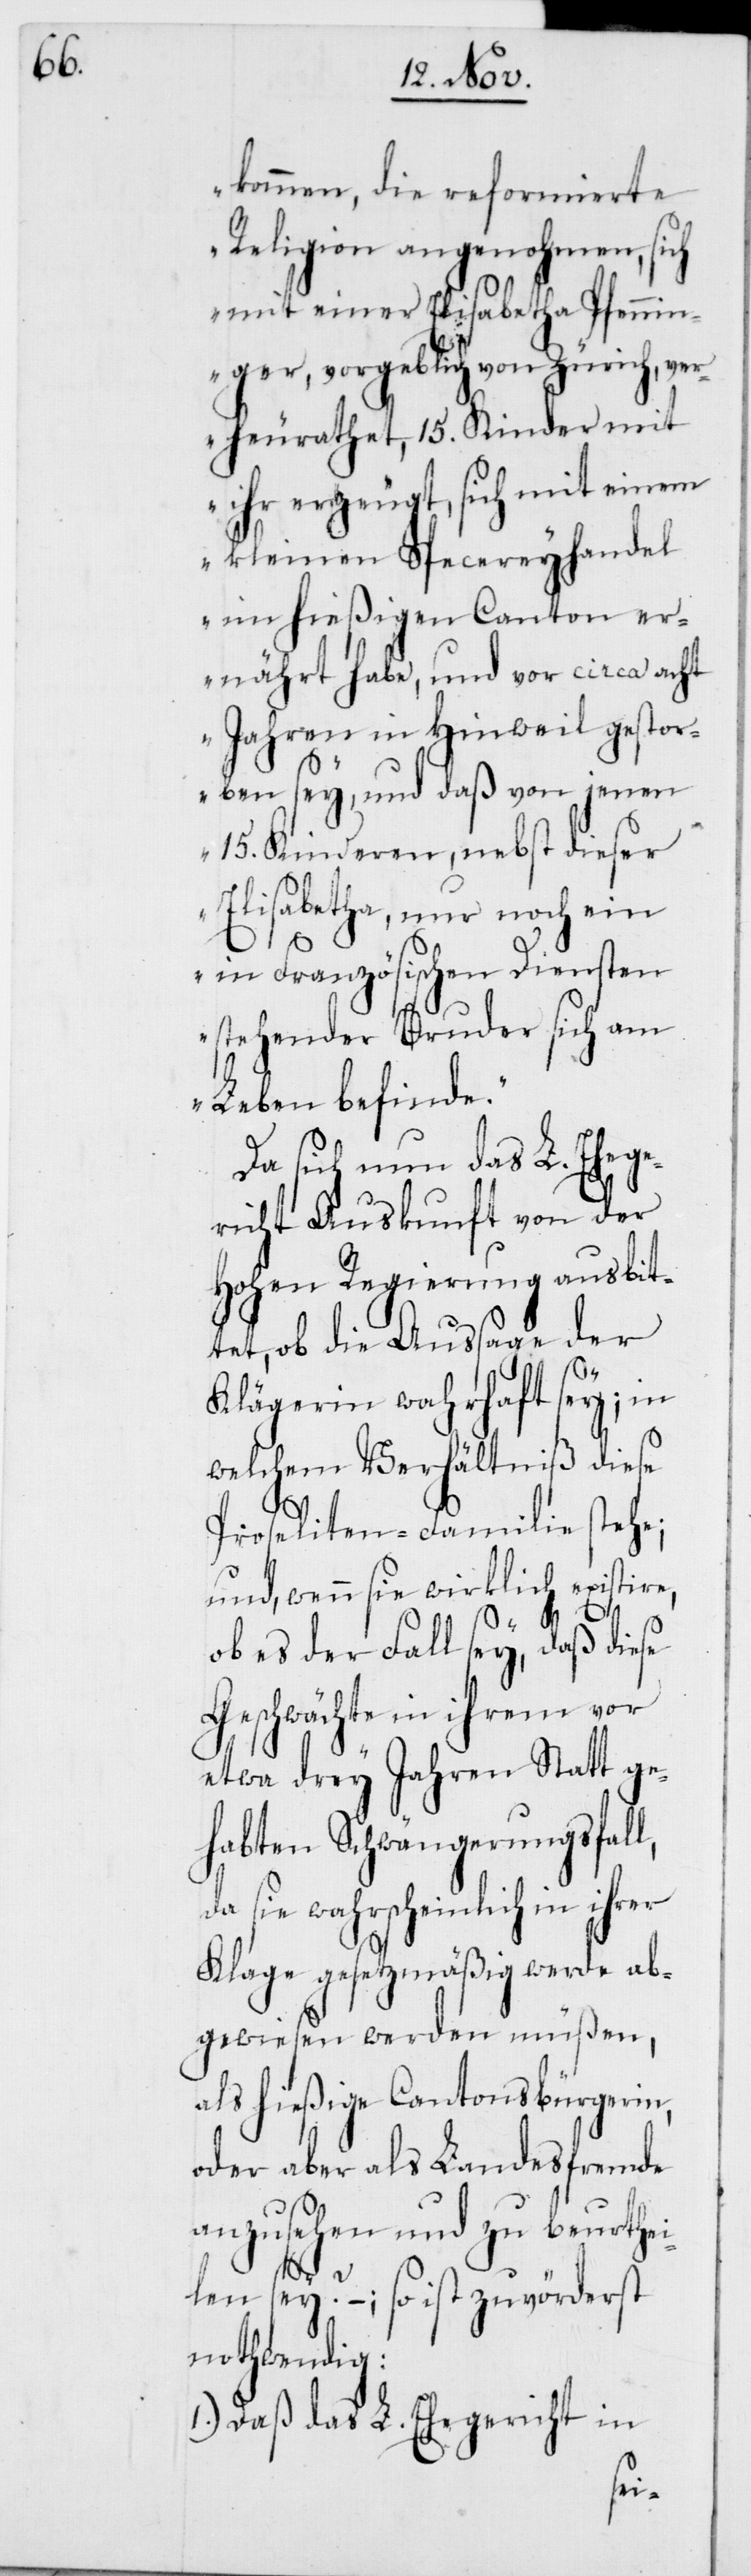
kommen, die reformierte
Religion angenohmen, sich
mit einer Elisabetha Pfenni¬
nger, vorgeblich von Zürich, ve¬
rheurathet, 15. Kinder mit
ihr erzeugt, sich mit einem
kleinen Specereyhandel
im hießigen Canton er¬
nährt habe, und vor circa acht
Jahren zu Hinweil gestor¬
ben sey, und daß von
15. Kinderen, nebst
Elisabetha, nur noch
fall,
in Französischen Dien¬
stehender Bruder sich
Leben befinde.“
Da sich nun das L. E¬
richt Auskunft
Hohen Regierung au¬
tet, ob die Aussa¬
Klägerin wahrhaft
welchem Verhäl¬
Proseliten-Familie
und, wenn sie wirklich
es der Fall sey, daß
Geschwächte in ihrem
etwa drey Jahren stattge¬
habten Schwängerungs¬
a sie wahrscheinlich in ih¬
Klage gesetzmäßig
abgewiesen werden mü¬
als hießige Canto¬
oder aber als Lan¬
anzusehen und zu be¬
rst
len sey? –; so ist zuvör¬
nothwendi¬
g:
de¬
1.) Daß das L.